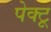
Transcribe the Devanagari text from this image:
पेक्टू